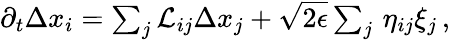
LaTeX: \begin{array}{r}{\partial_{t}{\Delta x}_{i}=\sum_{j}\mathcal{L}_{ij}\Delta x_{j}+\sqrt{2\epsilon}\sum_{j}\, \eta_{ij}\xi_{j}\, ,}\end{array}